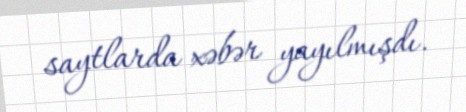
saytlarda xəbər yayılmışdı.